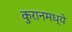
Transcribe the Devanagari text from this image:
कुरानमध्ये